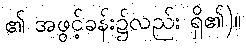
၏ အဖွင့်ခန်း၌လည်း ရှိ၏)။